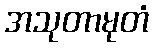
အသုတာမုတံ